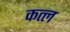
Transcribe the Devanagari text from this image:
कत्‍ल